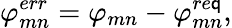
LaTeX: \varphi_{mn}^{err}=\varphi_{mn}-\varphi_{mn}^{re\mathsf{q}},